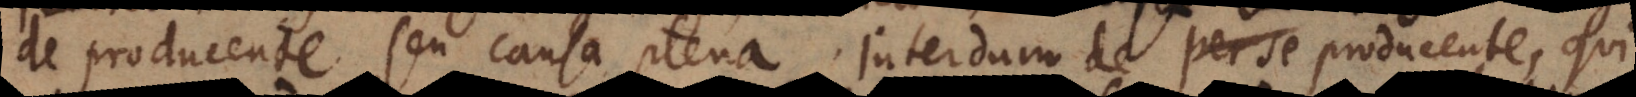
de producente, seu causa plena. Interdum de per se producente, qui